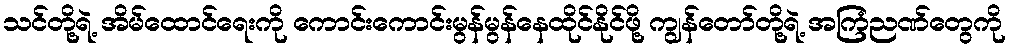
သင်တို့ရဲ့ အိမ်ထောင်ရေးကို ကောင်းကောင်းမွန်မွန်နေထိုင်နိုင်ဖို့ ကျွန်တော်တို့ရဲ့ အကြံညဏ်တွေကို